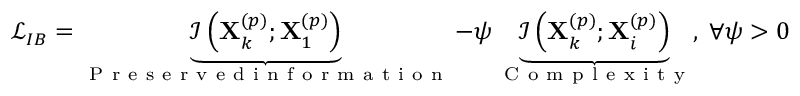
\begin{array} { r } { \mathcal { L } _ { I B } = \underbrace { \mathcal { I } \left( \mathbf { X } _ { k } ^ { \left( p \right) } ; \mathbf { X } _ { 1 } ^ { \left( p \right) } \right) } _ { \mathrm { ~ P ~ r ~ e ~ s ~ e ~ r ~ v ~ e ~ d ~ i ~ n ~ f ~ o ~ r ~ m ~ a ~ t ~ i ~ o ~ n ~ } } - \psi \underbrace { \mathcal { I } \left( \mathbf { X } _ { k } ^ { \left( p \right) } ; \mathbf { X } _ { i } ^ { \left( p \right) } \right) } _ { \mathrm { ~ C ~ o ~ m ~ p ~ l ~ e ~ x ~ i ~ t ~ y ~ } } , \; \forall \psi > 0 } \end{array}